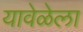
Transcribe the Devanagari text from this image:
यावेळेला